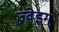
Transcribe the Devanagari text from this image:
ज़्वेइग्